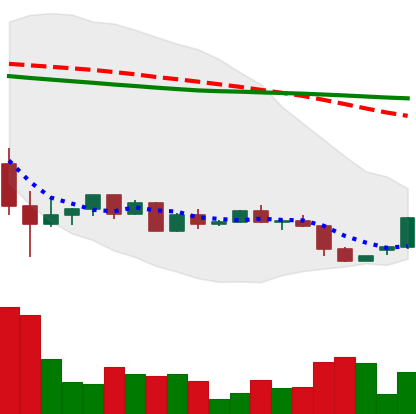
Ticker: ETH-USD
Chart end date: 2022-05-30
Forward return: -9.759%
Label: down_7plus